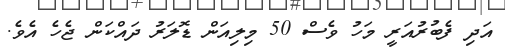
އަދި ފެބުރުއަރީ މަހު ވެސް 50 މިލިއަން ޑޮލަރު ދައްކަން ޖެހެ އެވެ.